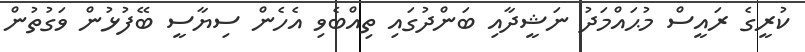
ކުރީގެ ރައީސް މުޙައްމަދު ނަޝީދާއި ބަންދުގައި ތިއްބެވި އެހެން ސިޔާސީ ބޭފުޅުން ވަގުތުން